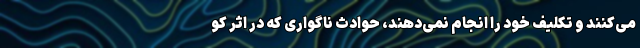
می‌کنند و تکلیف خود را انجام نمی‌دهند، حوادث ناگواری که در اثر کو